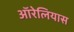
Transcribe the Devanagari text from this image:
ऑरेलियास